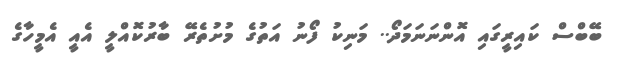
ބޭބްސް ކައިރީގައި އޮންނަނަމަދޯ.. މަނިކު ފޯނު އަތުގެ މުށުތެރޭ ބާރުކޮއްލީ އެއީ އެމީހާގެ